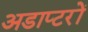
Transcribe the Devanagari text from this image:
अडाप्टरों